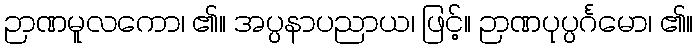
ဉာဏမူလကော၊ ၏။ အပ္ပနာပညာယ၊ ဖြင့်။ ဉာဏပုပ္ပင်္ဂမော၊ ၏။